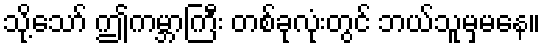
သို့သော် ဤကမ္ဘာကြီး တစ်ခုလုံးတွင် ဘယ်သူမှမနေ။